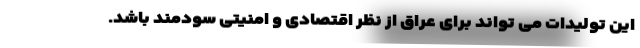
این تولیدات می تواند برای عراق از نظر اقتصادی و امنیتی سودمند باشد.